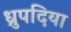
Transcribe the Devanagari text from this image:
ध्रुपदिया